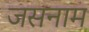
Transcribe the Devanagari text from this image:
जसनाम